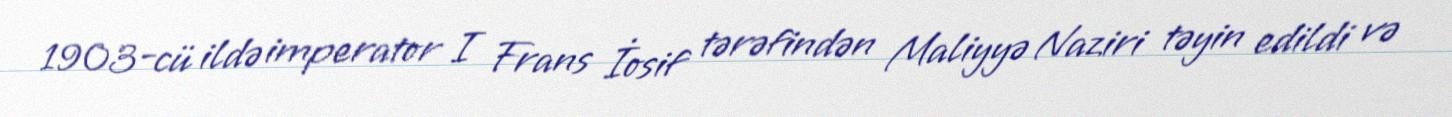
1903-cü ildə imperator I Frans İosif tərəfindən Maliyyə Naziri təyin edildi və